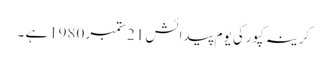
کرینہ کپورکی یوم پیدائش 21ستمبر 1980ہے ۔